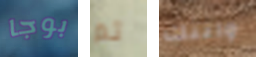
بوجا تم واتتك